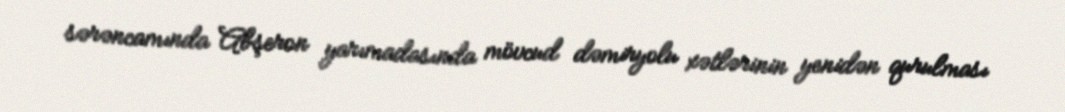
sərəncamında Abşeron yarımadasında mövcud dəmiryolu xətlərinin yenidən qurulması